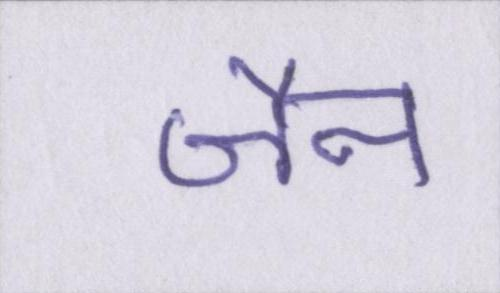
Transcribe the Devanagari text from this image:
जैन